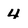
Character: 4